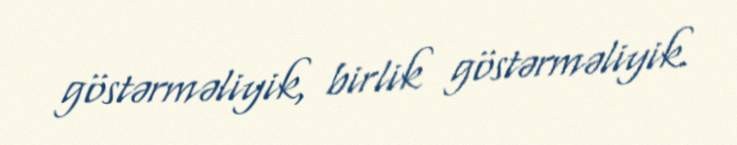
göstərməliyik, birlik göstərməliyik.